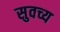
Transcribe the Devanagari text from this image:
सुवच्य